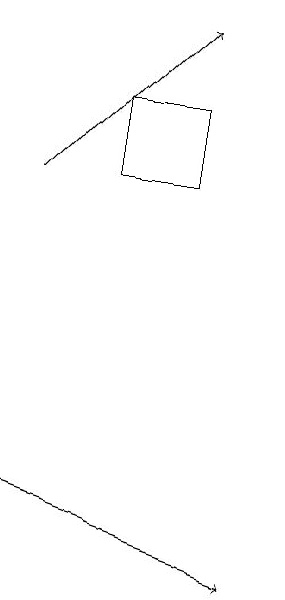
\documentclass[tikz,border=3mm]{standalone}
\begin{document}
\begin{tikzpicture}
\draw[->] (2,12) -- (5,11);
\draw[->] (2,16) -- (4,18);
\draw (4,16) rectangle (3,17);
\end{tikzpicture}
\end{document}